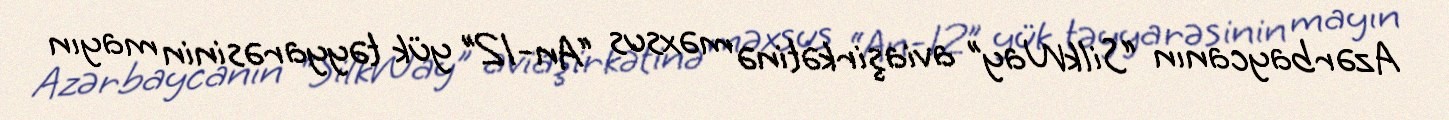
Azərbaycanın “SilkWay” aviaşirkətinə məxsus “An-12” yük təyyarəsinin mayın